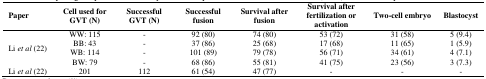
<table><thead><tr><td><b>Paper</b></td><td><b>Cell used for GVT (N)</b></td><td><b>Successful GVT (N)</b></td><td><b>Successful fusion</b></td><td><b>Survival after fusion</b></td><td><b>Survival after fertilization or activation</b></td><td><b>Two-cell embryo </b></td><td><b>Blastocyst </b></td></tr></thead><tbody><tr><td rowspan="4">Li <i>et al</i> (22)</td><td>WW: 115</td><td>-</td><td>92 (80)</td><td>74 (80)</td><td>53 (72)</td><td>31 (58)</td><td>5 (9.4)</td></tr><tr><td>BB: 43</td><td>-</td><td>37 (86)</td><td>25 (68)</td><td>17 (68)</td><td>11 (65)</td><td>1 (5.9)</td></tr><tr><td>WB: 114</td><td>-</td><td>101 (89)</td><td>79 (78)</td><td>56 (71)</td><td>34 (61)</td><td>4 (7.1)</td></tr><tr><td>BW: 79</td><td>-</td><td>68 (86)</td><td>55 (81)</td><td>41 (75)</td><td>23 (56)</td><td>3 (7.3)</td></tr><tr><td>Li <i>et al</i> (22)</td><td>201</td><td>112</td><td>61 (54)</td><td>47 (77)</td><td>-</td><td>-</td><td>-</td></tr></tbody></table>